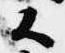
候